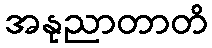
အနုညာတာတိ